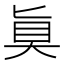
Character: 𫞲